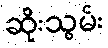
ဆိုးသွမ်း